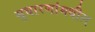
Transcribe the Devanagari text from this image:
सुधारणांमधील